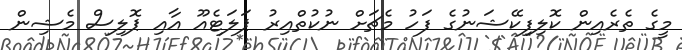
މީގެ ތެރެއިން ކޮލިފިކޭޝަނުގެ ފަހު މެޗަށް ނުކުތްއިރު ޕަލަޓެއޫ އާއި ޕޮލިސް މެޝިން